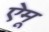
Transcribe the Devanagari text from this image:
ऐमू